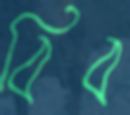
বিব